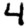
Digit: 4